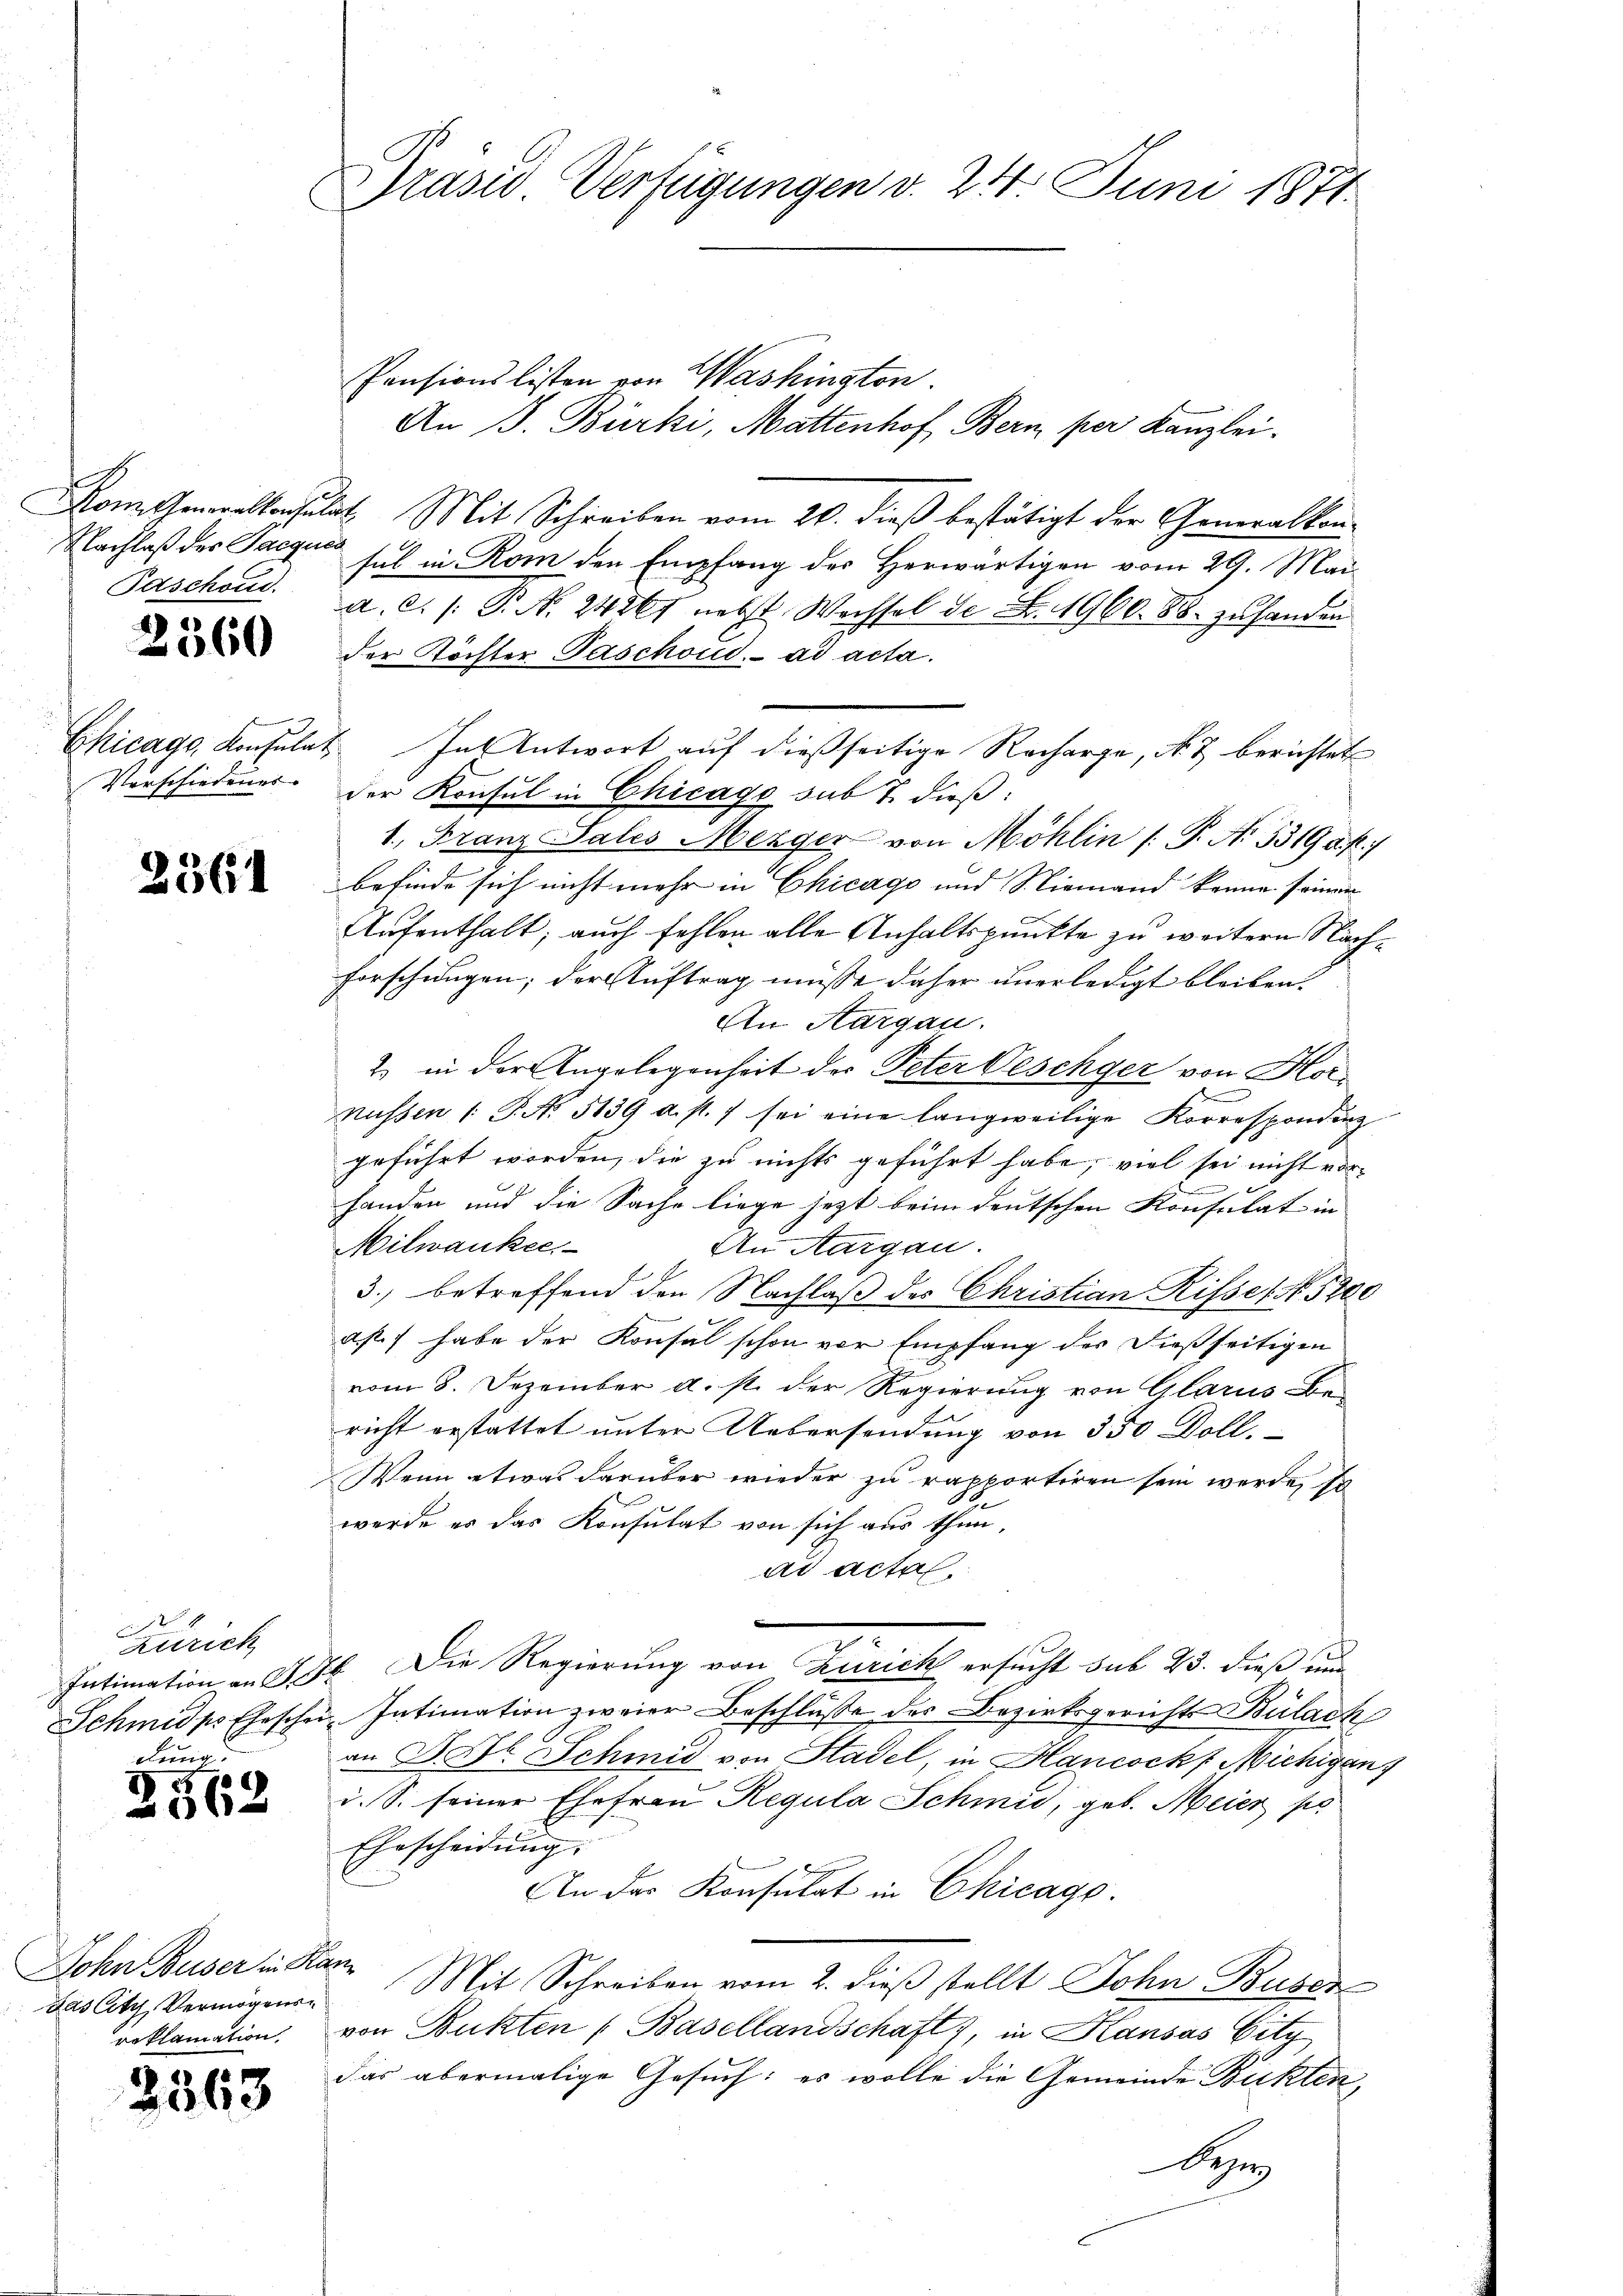
Nachlaß des Jacque
Paschond.

2360

Chicago Konsula
Vorschiedungs-

2561

Zürich
Intimation an St. G
Schmidps Eheschei
dung:

I 210
1 xx

John Buser in Ka
Das Citz, Vermögensroklamation.

2563

Präsid. Verfügungen d. 24. Juni 1871

Pensionslisten von Washington.
An J. Bürki, Mattenhof Bern per Kanzlei-
Kom Generalkonsulat. Mit Schreiben vom 20. dieß bestätigt der Generalkona
sul in Rom den Empfang des Herwärtigen vom 29. Mai
a. C. /: P. N. 24267 nebst Wachsel de F. 1960. 88. zu handen
der Töchter Paschond. ad acta.
2
In Antwort auf dießseitige Recharge, No. 2 berichtet
der Konsul in Chicago sub 7. dieß:
1., Franz Sales Mezger von Möhlin [P. Nr. 33195 f.)
befinde sich nicht mehr in Chicago und Niemand könne seinen
Aufenthalt, auch fehlen alle Anhaltspunkte zu weitern Nachforschungen; der Auftrag müsse daher unerledigt bleiben.
An Aargau.
2. in der Angelegenheit der Peter Geschger von Hornussen 1 S. No. 5139 u. st. 7 sei eine langweilige Korrespondinz
geführt worden, die zu nichts geführt habe, viel sei nicht vor¬
.
handen und die Sache liege jetzt beim deutschen Konsulat in
Milwanker
An Aargau.
3.) betreffend den Nachlaß des Christian Risses No. 5200
ast. habe der Konsul schon vor Empfang der dießseitigen
vom 8. Dezember u. st. der Regierung von Glarus Bericht erstattet unter Uebersendung von 350 Doll.
Wenn etwas darüber wieder zu rapportiren sein werde, so
werde er das Konsulat von sich aus thun,
ad actal.
26. Die Regierung von Zürich ersucht sub 23. dieß und
Intimation zweier Beschlusse des Bezirksgerichts-Bülach
an D. Dr. Schmid von Stadel, in Hancockf Michigan
i. S. seiner Ehefrau Regula Schmid, geb. Meier pr
Ehescheidung.
An der Konsulat in Chicago.
r Mit Schreiben vom 2. dieß stellt John Buser
von Bukten (Basellandschaft, in Kausas City
das abermalige Gesuch: es wolle die Gemeinde Buckten,
Deze